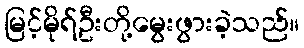
မြင့်မိုရ်ဦးတို့မွေးဖွားခဲ့သည်။